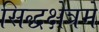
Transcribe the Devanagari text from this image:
सिद्धक्षेत्रमें